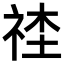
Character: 𥙭